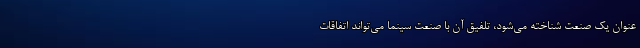
‌عنوان یک صنعت شناخته می‌شود، تلفیق آن با صنعت سینما می‌تواند اتفاقات